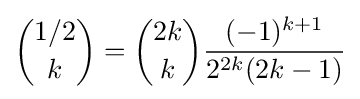
{{1/2} \choose {k}}={{2k} \choose {k}}{\frac {(-1)^{k+1}}{2^{2k}(2k-1)}}